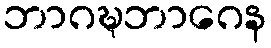
ဘာဂဍ္ဎဘာဂေန